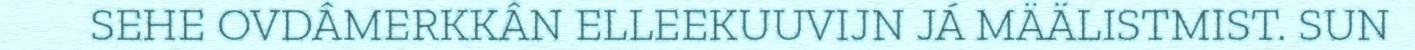
SEHE OVDÂMERKKÂN ELLEEKUUVIJN JÁ MÄÄLISTMIST. SUN